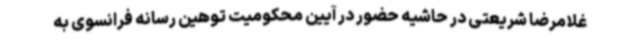
غلامرضا شریعتی در حاشیه حضور در آیین محکومیت توهین رسانه فرانسوی به